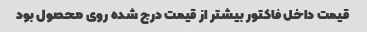
قیمت داخل فاکتور بیشتر از قیمت درج شده روی محصول بود